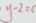
y - 2 = 0